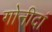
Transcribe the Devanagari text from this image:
गोनीदां